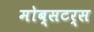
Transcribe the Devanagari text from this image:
मोब्सटर्स